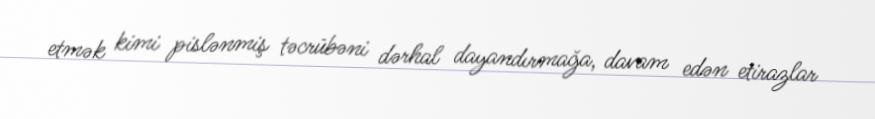
etmək kimi pislənmiş təcrübəni dərhal dayandırmağa, davam edən etirazlar